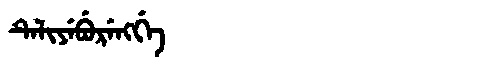
Manchu: ᡨᡝᠯᡳᠶᡝᠪᡠᡵᡝᠩᡤᡝ
Romanization: TELIYEBURENGGE